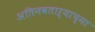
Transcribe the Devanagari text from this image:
अतिनवताऱ्याच्या